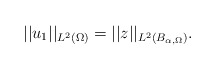
\begin{align*}||u_1||_{L^2(\Omega)} = ||z||_{L^2(B_{\alpha,\Omega})}.\end{align*}